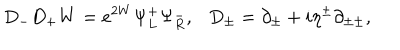
LaTeX: D _ { - } D _ { + } W = e ^ { 2 W } \Psi _ { L } ^ { + } \Psi _ { R } ^ { - } , D _ { \pm } = \partial _ { \pm } + i \eta ^ { \pm } \partial _ { \pm \pm } ,